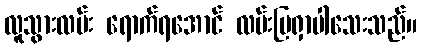
လူသွားလမ်း ရောက်ရအောင် လမ်းပြရှာပါသေးသည်။